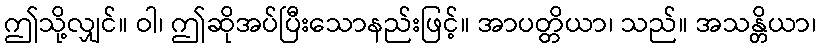
ဤသို့လျှင်။ ဝါ၊ ဤဆိုအပ်ပြီးသောနည်းဖြင့်။ အာပတ္တိယာ၊ သည်။ အသန္တိယာ၊